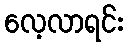
လေ့လာရင်း